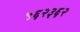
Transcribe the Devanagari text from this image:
५६२३६२